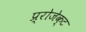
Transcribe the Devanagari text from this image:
प्र्रोजेक्ट